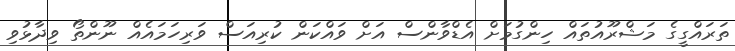
ތަރައްގީގެ މަޝްރޫއުތައް ހިންގުމަށް އެޑްވާންސް އަށް ވައްކަން ކުރިއަސް ވަރިހަމައެއް ނޫންތޯ ވިދާޅުވި